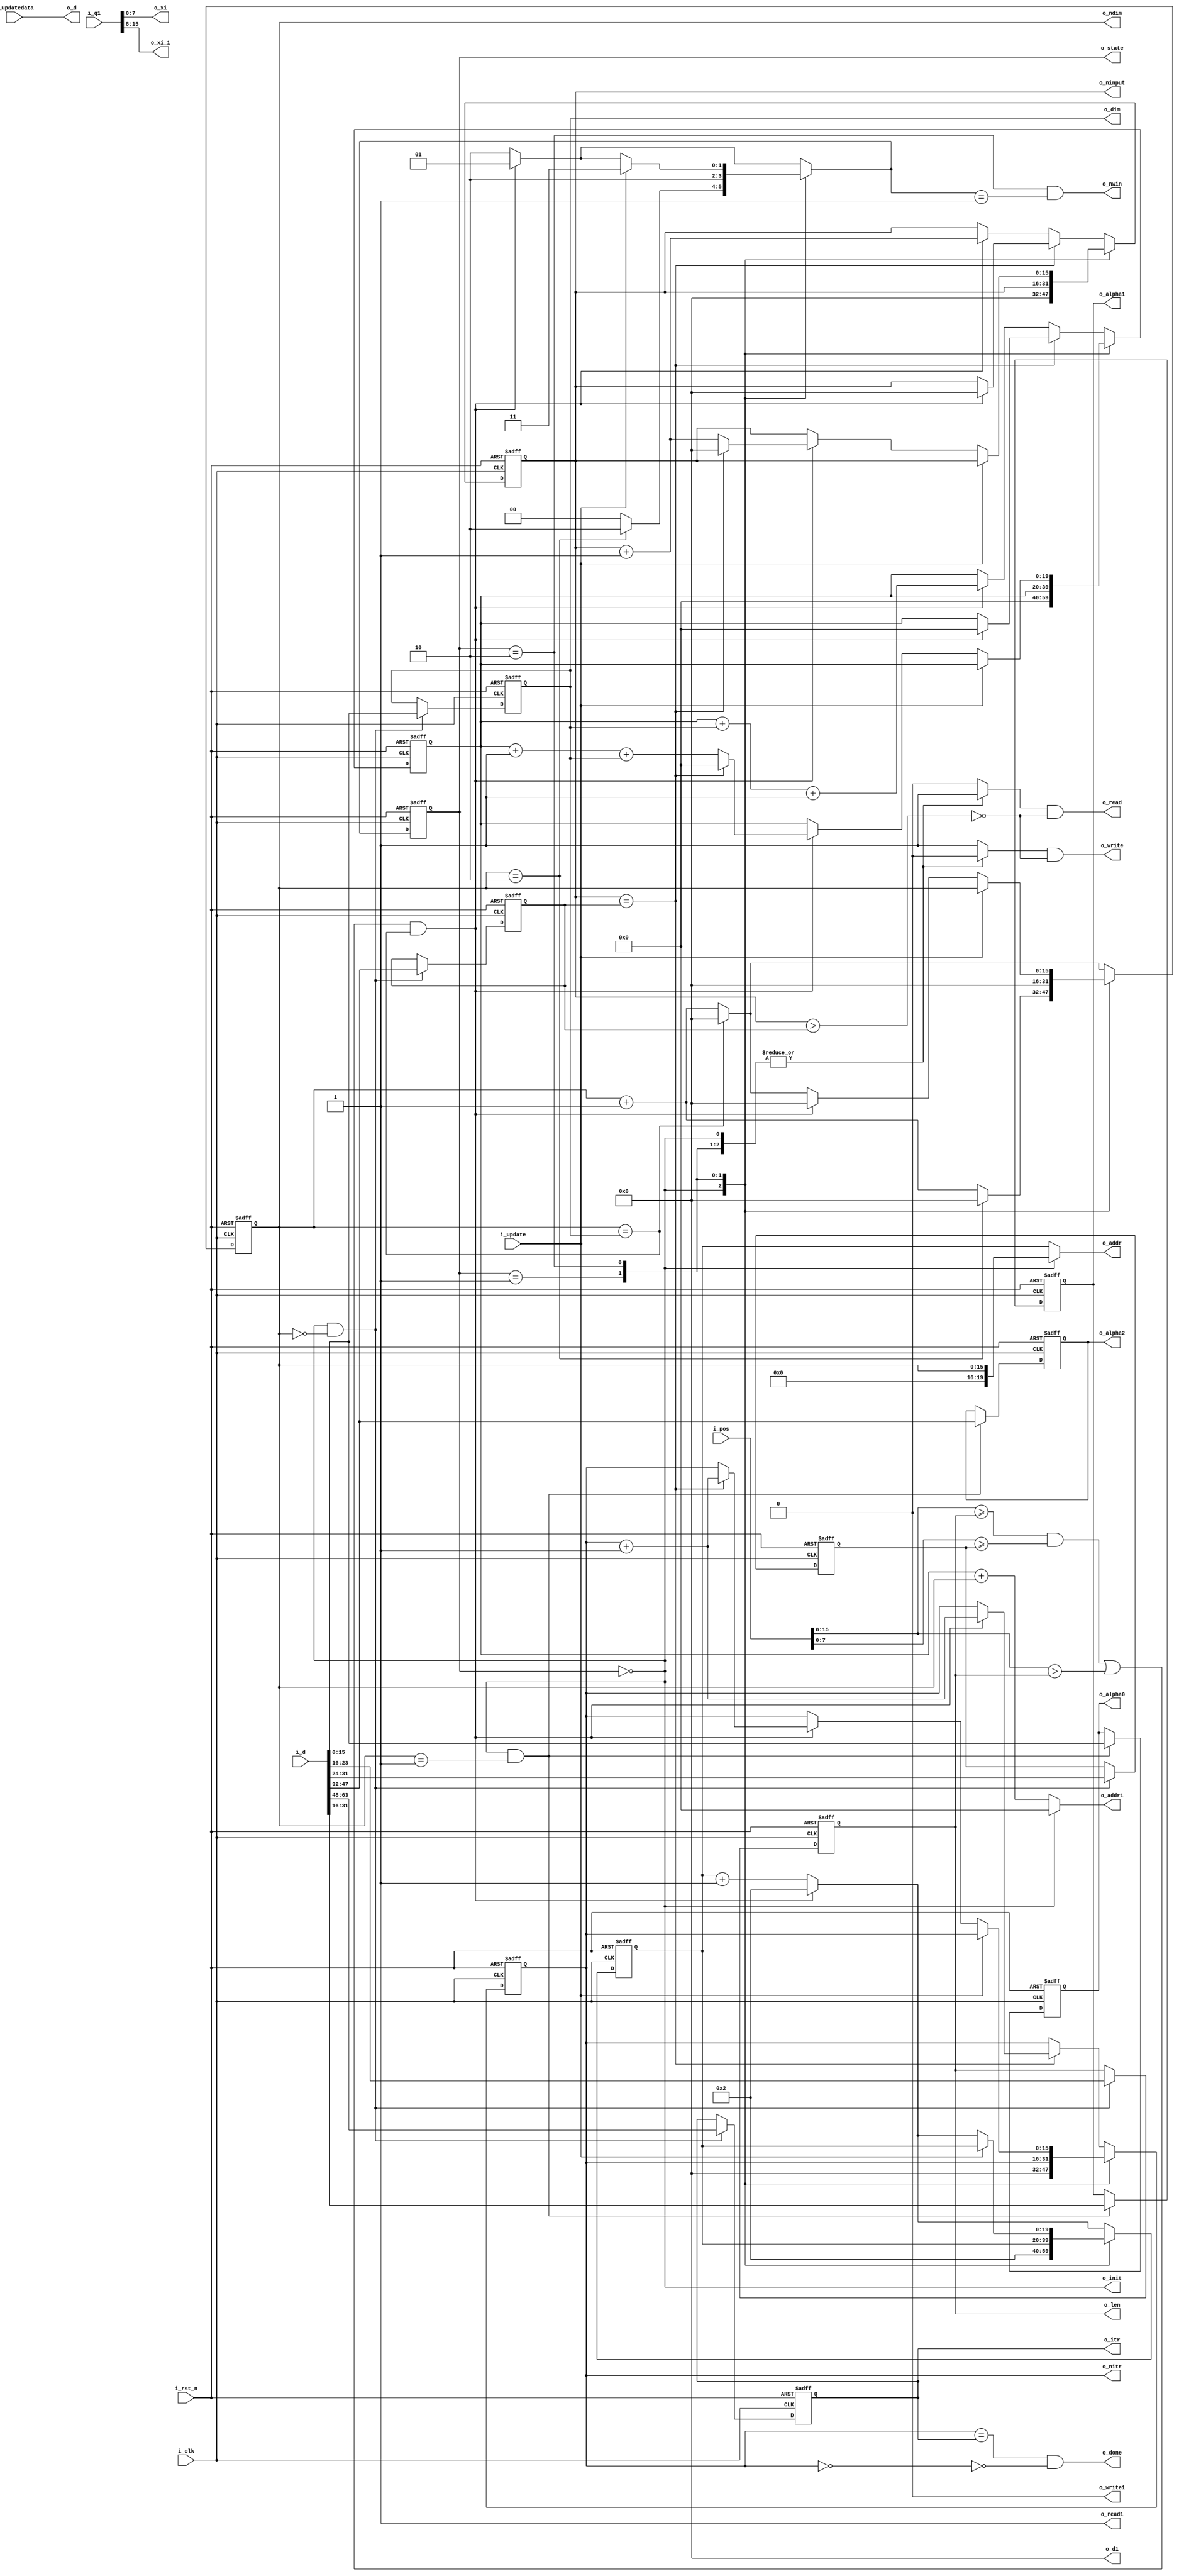
module inoutcontrol(
	i_clk,
	i_rst_n,
	o_init,
	i_d,
	o_d,
	o_addr,
	o_read,
	o_write,
	o_dim,
	o_len,
	i_pos,
	o_ninput,
	o_nitr,
	o_ndim,
	o_itr,
	o_state,
	i_update,
	i_updatedata,
	o_xi,
	o_xi_1,
	o_alpha0,
	o_alpha1,
	o_alpha2,
	o_done,
	o_nwin,
	o_d1,
	i_q1,
	o_addr1,
	o_read1,
	o_write1
);

//in out
input i_clk;
input i_rst_n;

output o_init;

input[63:0] i_d;
output[63:0] o_d;
output[19:0] o_addr;
output o_read;
output o_write;

output[15:0] o_d1;
input[15:0] i_q1;
output[19:0] o_addr1;
output o_read1;
output o_write1;

output[15:0] o_dim;
output[7:0] o_len;
input[15:0] i_pos;
output[15:0] o_ninput;
output[15:0] o_nitr;
output[15:0] o_ndim;
output[15:0] o_itr;
input i_update;
input[63:0] i_updatedata;

output[1:0] o_state;
output[7:0] o_xi;
output[7:0] o_xi_1;
output[15:0] o_alpha0;
output[15:0] o_alpha1;
output[15:0] o_alpha2;
output o_done;
output o_nwin;
//reg
reg[1:0] state_r,state_w;

reg[19:0] posinput_r,posinput_w;
reg[19:0] posneuron_r,posneuron_w;

reg[15:0] dimcnt_r,dimcnt_w;

reg[15:0] cntinput_r,cntinput_w;
reg[15:0] cntitr_r,cntitr_w;

reg[63:0] updatedata_r,updatedata_w;

reg[15:0] dim_r,dim_w;
reg[7:0] len_r,len_w;
reg[7:0] wid_r,wid_w;
reg[15:0] ninput_r,ninput_w;
reg[15:0] nitr_r,nitr_w;
reg[15:0] alpha0_r,alpha0_w;
reg[15:0] alpha1_r,alpha1_w;
reg[15:0] alpha2_r,alpha2_w;
//lvalue
reg[31:0] inputdim;
reg read;
reg write;
reg[19:0] addr;
reg[19:0] addr1;
reg[7:0] inputvalue;
reg[7:0] xi,xi_1;
//comb
assign o_init = state_r == 0;
assign o_d = i_updatedata;
assign o_addr = addr;
assign o_read = read && ~(cntinput_r > ninput_r);
assign o_write = write && ~(cntinput_r > ninput_r);

assign o_d1 = 0;
assign o_addr1 = addr1;
assign o_read1 = 1;
assign o_write1 = 0;

assign o_dim = dim_r;
assign o_len = len_r;
assign o_xi = i_q1[7:0];
assign o_xi_1 = i_q1[15:8];
assign o_state = state_r;
assign o_done = cntitr_r == nitr_r && ~(cntitr_r == 0);
assign o_ninput = cntinput_r;
assign o_nitr = cntitr_r;
assign o_ndim = dimcnt_r;
assign o_alpha0 = alpha0_r;
assign o_alpha1 = alpha1_r;
assign o_alpha2 = alpha2_r;
assign o_itr = nitr_r;
assign o_nwin = state_r == 2 && state_w == 1;
assign o_stall = state_r == 1;

always@(*) begin
	dim_w = state_r == 0 && dimcnt_r == 0 ? i_d[15:0] : dim_r;
	len_w = state_r == 0 && dimcnt_r == 0 ? i_d[23:16] : len_r;
	wid_w = state_r == 0 && dimcnt_r == 0 ? i_d[31:24] : wid_r;
	ninput_w = state_r == 0 && dimcnt_r == 0 ? i_d[47:32] : ninput_r;
	nitr_w = state_r == 0 && dimcnt_r == 0 ? i_d[63:48] : nitr_r;
	alpha0_w = state_r == 0 && dimcnt_r == 1 ? i_d[15:0] : alpha0_r;
	alpha1_w = state_r == 0 && dimcnt_r == 1 ? i_d[31:16] : alpha1_r;
	alpha2_w = state_r == 0 && dimcnt_r == 1 ? i_d[47:32] : alpha2_r;
	updatedata_w = state_r == 2 && i_update ? i_updatedata : updatedata_r;
end

always@(*) begin
	inputdim = (i_d[15:0] + 1) * (i_d[23:16] + 1) * (i_d[31:24] + 1);
	case(state_r)
		0 : begin//initialization
			read = 1;
			write = 0;
			posinput_w = 0;
			posneuron_w = 2;
			state_w = dimcnt_r == 2 ? 2 : 0;
			addr = dimcnt_r;
			addr1 = 0;
			dimcnt_w = dimcnt_r == 2 ? 0 : dimcnt_r + 1;
			cntinput_w = 0;
			cntitr_w = 0;
		end
		1 : begin//stall
			read = 1;
			write = 0;
			addr = posneuron_r;
			addr1 = posinput_r + dimcnt_r;
			cntinput_w = cntinput_r;
			cntitr_w = cntitr_r;
			state_w = 2;
			posinput_w = posinput_r;
			posneuron_w = posneuron_r;
			dimcnt_w = 0;
		end
		2 : begin//neurons
			read = 1;
			write = 0;
			addr = posneuron_r;
			addr1 = posinput_r + dimcnt_r;
			if(i_update) begin
				posneuron_w = posneuron_r;
				state_w = 3;
				dimcnt_w = dimcnt_r;
				cntinput_w = cntinput_r;
				cntitr_w = cntitr_r;
				posinput_w = posinput_r;
			end
			else if(((i_pos[15:8] >= len_r && i_pos[7:0] >= wid_r) || (i_pos[15:8] > len_r)) && (dimcnt_r == dim_r)) begin
				cntinput_w = cntinput_r == ninput_r ? 0 : cntinput_r + 1;
				cntitr_w = cntinput_r == ninput_r ? cntitr_r + 1 : cntitr_r;
				state_w = 1;
				posinput_w = cntinput_r == ninput_r ? 0 : posinput_r + 1 + dim_r;
				posneuron_w = 2;
				dimcnt_w = 0;
			end
			else begin
				posneuron_w = posneuron_r + 1;
				posinput_w = posinput_r;
				state_w = 2;
				dimcnt_w = dimcnt_r == dim_r ? 0 : dimcnt_r + 1;
				cntinput_w = cntinput_r;
				cntitr_w = cntitr_r;
			end
		end
		default begin//write back
			read = 0;
			write = 1;
			addr = posneuron_r;
			addr1 = posinput_r + dimcnt_r;
			posneuron_w = (((i_pos[15:8] >= len_r && i_pos[7:0] >= wid_r) || (i_pos[15:8] > len_r)) && (dimcnt_r == dim_r)) ? 2 : posneuron_r + 1;
			state_w = (((i_pos[15:8] >= len_r && i_pos[7:0] >= wid_r) || (i_pos[15:8] > len_r)) && (dimcnt_r == dim_r)) ? 1 : 2;
			if(cntinput_r == ninput_r) begin
				cntinput_w = (((i_pos[15:8] >= len_r && i_pos[7:0] >= wid_r) || (i_pos[15:8] > len_r)) && (dimcnt_r == dim_r))? 0 : cntinput_r;
				cntitr_w =  (((i_pos[15:8] >= len_r && i_pos[7:0] >= wid_r) || (i_pos[15:8] > len_r)) && (dimcnt_r == dim_r))? cntitr_r + 1 : cntitr_r;
				posinput_w = (((i_pos[15:8] >= len_r && i_pos[7:0] >= wid_r) || (i_pos[15:8] > len_r)) && (dimcnt_r == dim_r)) ? 0 : posinput_r;
			end
			else begin
				cntinput_w = (((i_pos[15:8] >= len_r && i_pos[7:0] >= wid_r) || (i_pos[15:8] > len_r)) && (dimcnt_r == dim_r)) ? cntinput_r + 1 : cntinput_r;	
				cntitr_w = cntitr_r;
				posinput_w = (((i_pos[15:8] >= len_r && i_pos[7:0] >= wid_r) || (i_pos[15:8] > len_r)) && (dimcnt_r == dim_r)) ? posinput_r + dim_r + 1 : posinput_r;
			end
			dimcnt_w = dimcnt_r == dim_r ? 0 : dimcnt_r + 1;
		end
	endcase
end
//seq
always@(posedge i_clk or negedge i_rst_n) begin
	if(~i_rst_n) begin
		state_r <= 0;
		posinput_r <= 0;
		posneuron_r <= 1;
		dimcnt_r <= 0;
    
		cntinput_r <= 0;
		cntitr_r <= 0;
    
		updatedata_r <= 0;
    
		dim_r <= 0;
		len_r <= 0;
		wid_r <= 0;
		ninput_r <= 0;
		nitr_r <= 0;
		alpha0_r <= 0;
		alpha1_r <= 0;
		alpha2_r <= 0;
	end
	else begin
		state_r <= state_w;
		posinput_r <= posinput_w;
		posneuron_r <= posneuron_w;
		dimcnt_r <= dimcnt_w;
    
		cntinput_r <= cntinput_w;
		cntitr_r <= cntitr_w;
    
		updatedata_r <= updatedata_w;
    
		dim_r <= dim_w;
		len_r <= len_w;
		wid_r <= wid_w;
		ninput_r <= ninput_w;
		nitr_r <= nitr_w;
		alpha0_r <= alpha0_w;
		alpha1_r <= alpha1_w;
		alpha2_r <= alpha2_w;
	end
end

endmodule